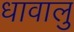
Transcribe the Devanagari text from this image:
धावालु